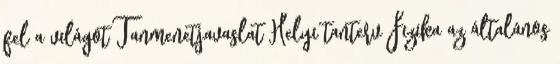
fel a világot Tanmenetjavaslat Helyi tanterv Fizika az általános